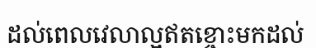
ដល់ពេលវេលាល្អឥតខ្ចោះមកដល់